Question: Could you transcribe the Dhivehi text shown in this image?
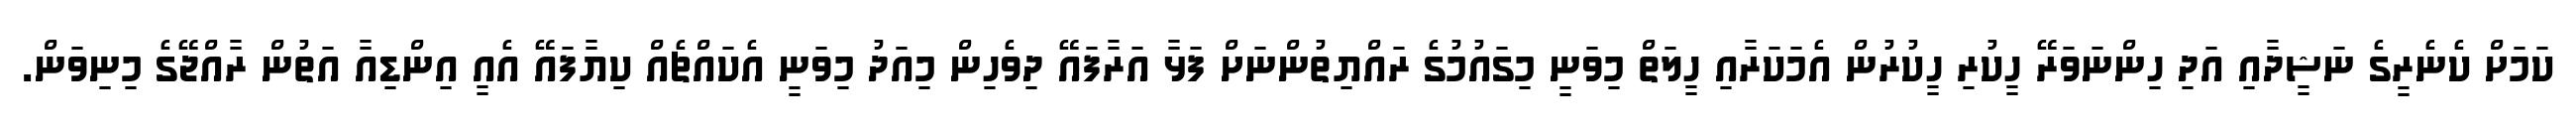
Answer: ކަމަށް ކެނެރީގެ ނަޝީދާއި އަދި ހިންނަވަރޭ ހީކުރި ހީކުރުން އެމަކަރާއި ހީލަތް މިވަނީ މިގައުމުގެ ރައްޔިތުންނަށް ފަޅާ އަރާފައޭ ދިވެހިން މިއަދު މިވަނީ އެކައްޗެއް ކިޔާފައޭ އެއީ އިންޑިއާ އަތުން ރާއްޖޭގެ މިނިވަން.